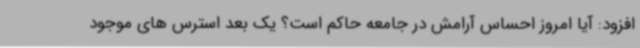
افزود: آیا امروز احساس آرامش در جامعه حاکم است؟ یک بعد استرس های موجود